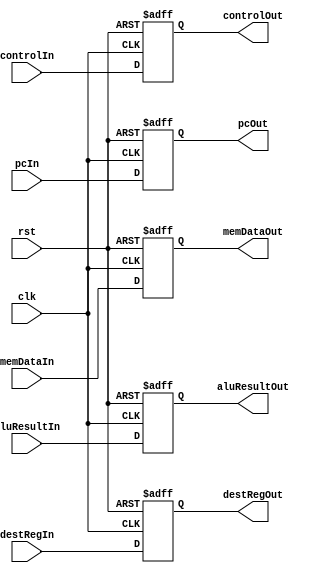
/***************************************************
 * Modulo: MEM_WB
 * Projeto: mips32
 * Descrio: Registradores de pipeline
 ***************************************************/
module MEM_WB(rst, clk, controlIn, pcIn, memDataIn, aluResultIn, destRegIn, controlOut, pcOut, memDataOut, aluResultOut, destRegOut);
	input rst, clk;
	input[0:2] controlIn;
	input[4:0] destRegIn;
	input[31:0] pcIn, memDataIn, aluResultIn;
	output[0:2] controlOut;
	output[4:0] destRegOut;
	output[31:0] pcOut, memDataOut, aluResultOut;

	reg[0:2] control;//wb
	reg[4:0] destReg; 
	reg[31:0] pc, memData, aluResult;


	assign controlOut = control;
	assign pcOut = pc;
	assign destRegOut = destReg;
	assign memDataOut = memData;	
	assign aluResultOut = aluResult;

	always @(posedge clk or posedge rst) begin
	//$display("[MEM_WB] control: %b pc: %h memData: %d aluResult: %h destReg: %d", controlIn, pcIn, memDataIn, aluResultIn, destRegIn);
		if (rst) begin
			control <= 0;
			pc <= 0;
			memData <= 0;
			aluResult <= 0;
			destReg <= 0;
		end else begin
			control <= controlIn;
			pc = pcIn;
			memData <= memDataIn;
			aluResult <= aluResultIn;
			destReg <= destRegIn;
		end
	end


endmodule